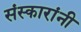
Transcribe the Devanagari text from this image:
संस्कारांनी